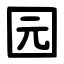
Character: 园